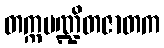
တက္ကပဏ္ဍိတဇာတက